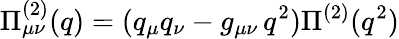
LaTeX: \Pi_{\mu\nu}^{(2)}(q)=(q_{\mu}q_{\nu}-g_{\mu\nu}\, q^{2})\Pi^{(2)}(q^{2})